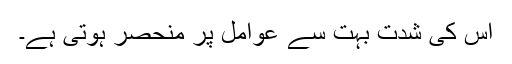
اس کی شدت بہت سے عوامل پر منحصر ہوتی ہے۔